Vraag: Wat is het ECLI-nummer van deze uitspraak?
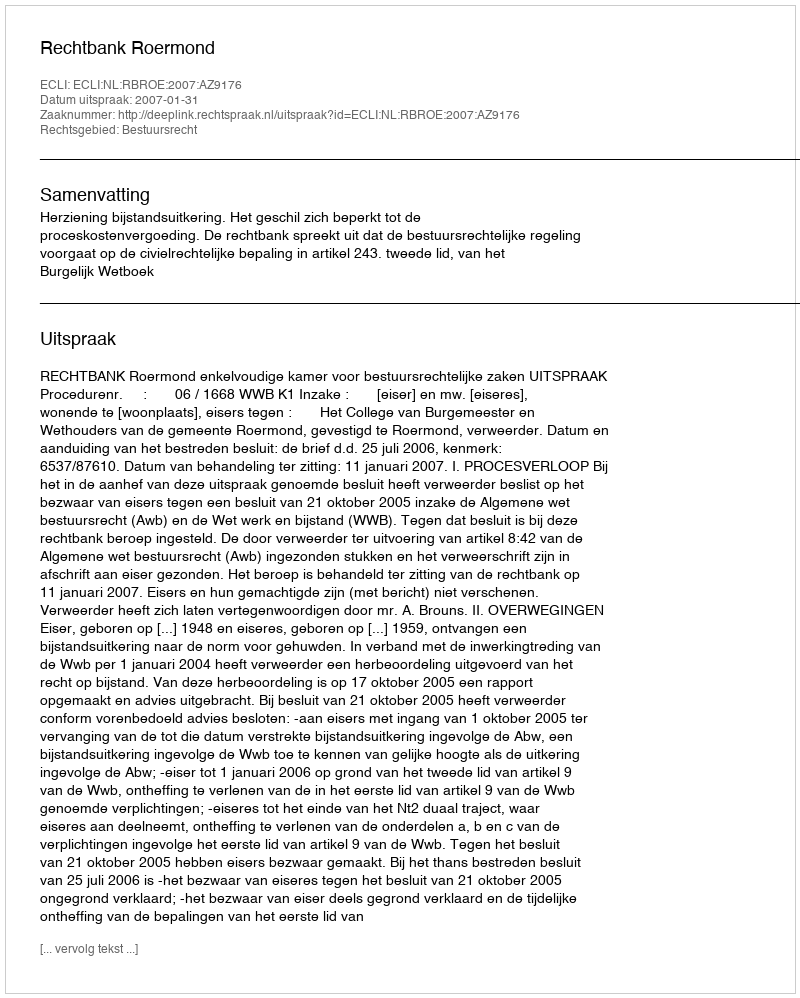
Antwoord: ECLI:NL:RBROE:2007:AZ9176